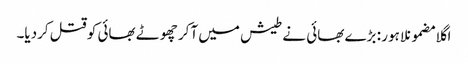
اگلا مضمونلاہور : بڑے بھائی نے طیش میں آکر چھوٹے بھائی کو قتل کردیا۔